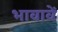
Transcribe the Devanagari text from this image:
भावावें